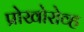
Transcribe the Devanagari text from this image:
प्रोखोरोव्ह